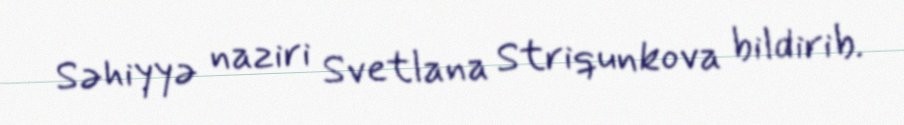
Səhiyyə naziri Svetlana Striqunkova bildirib.